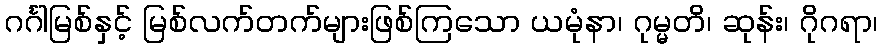
ဂင်္ဂါမြစ်နှင့် မြစ်လက်တက်များဖြစ်ကြသော ယမုံနာ၊ ဂုမ္မတိ၊ ဆုန်း၊ ဂိုဂရာ၊